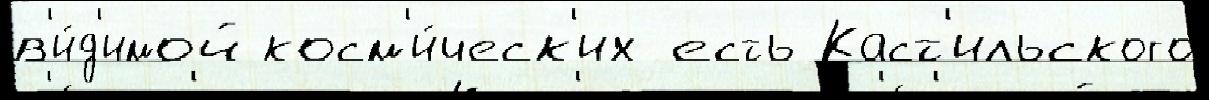
в'и́д'имой косм'и́ческ'их есть Каст'ильского